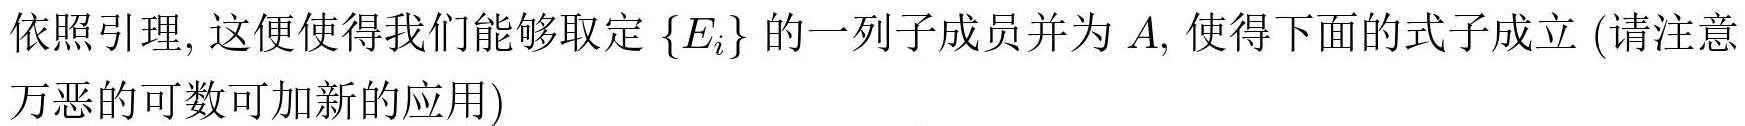
依照引理, 这便使得我们能够取定 $\{E_{i}\}$ 的一列子成员并为 $A$, 使得下面的式子成立 (请注意万恶的可数可加新的应用)